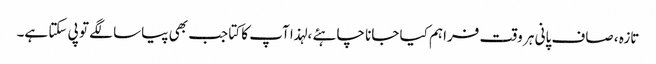
تازہ ، صاف پانی ہر وقت فراہم کیا جانا چاہئے ، لہذا آپ کا کتا جب بھی پیاسا لگے تو پی سکتا ہے۔